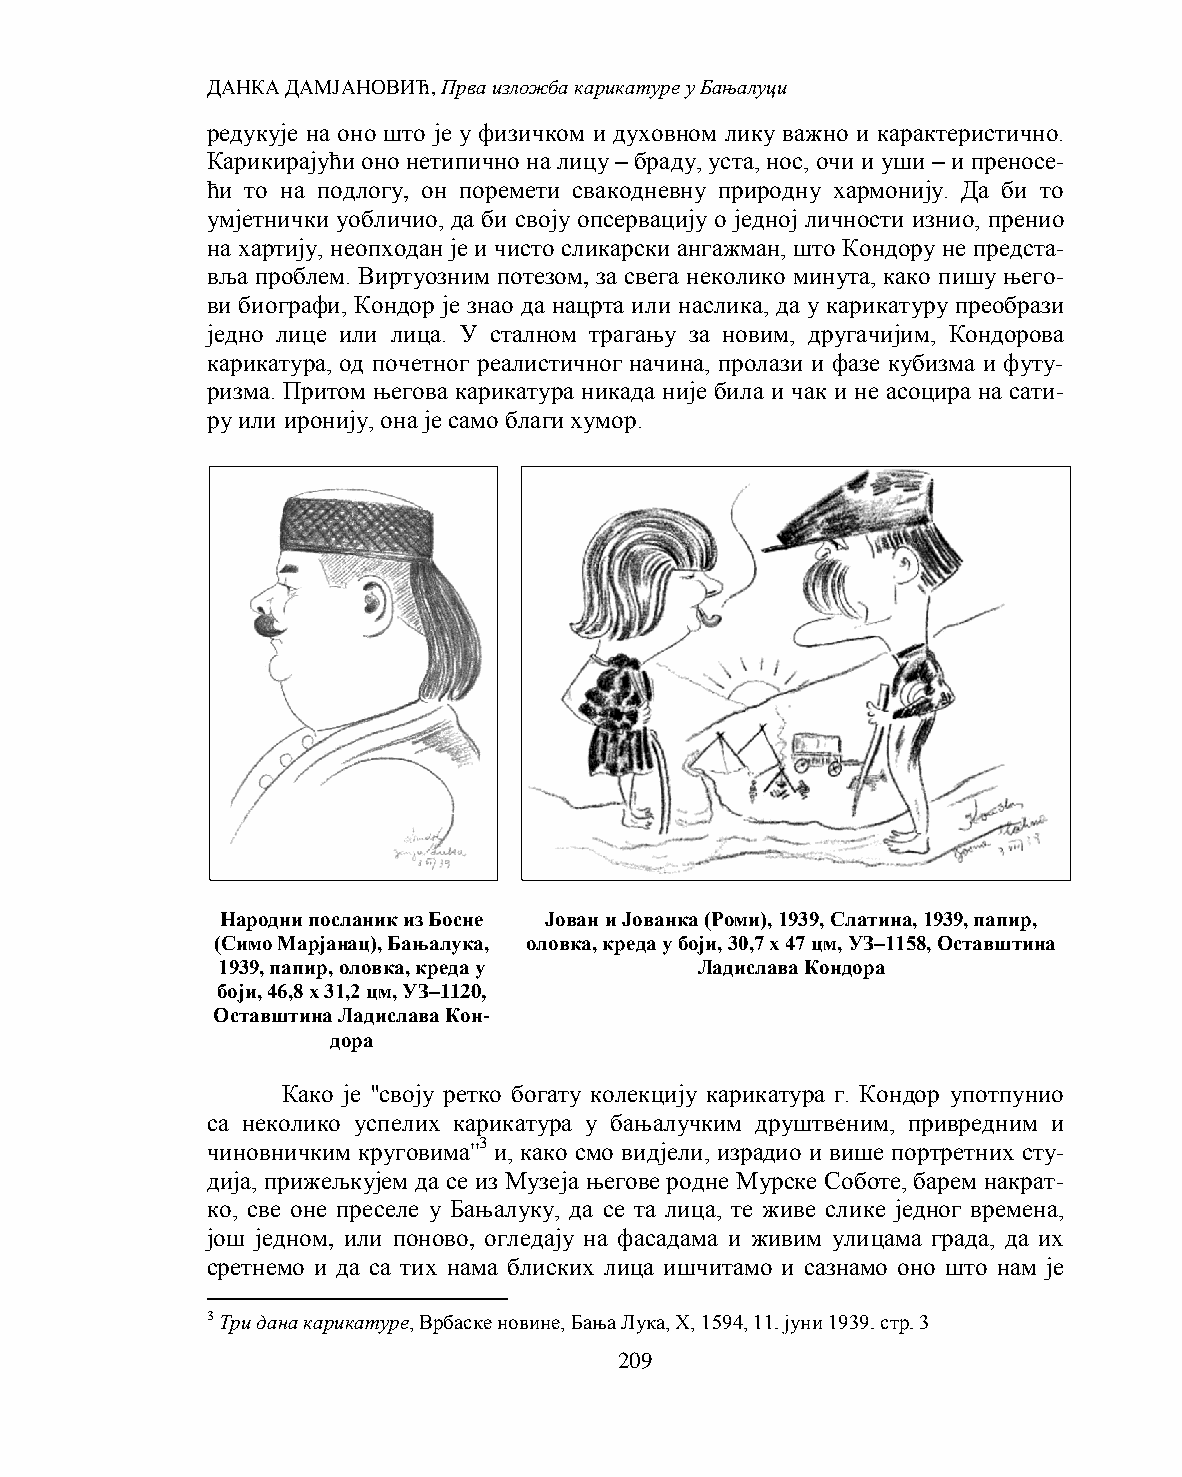
ДАНКА ДАМЈАНОВИЋ, Прва изложба карикатуре у Бањалуци
 редукује на оно што је у физичком и духовном лику важно и карактеристично.
 Карикирајући оно нетипично на лицу – браду, уста, нос, очи и уши – и преносе-
 ћи то на подлогу, он поремети свакодневну природну хармонију. Да би то
 умјетнички уобличио, да би своју опсервацију о једној личности изнио, пренио
 на хартију, неопходан је и чисто сликарски ангажман, што Кондору не предста-
 вља проблем. Виртуозним потезом, за свега неколико минута, како пишу њего-
 ви биографи, Кондор је знао да нацрта или наслика, да у карикатуру преобрази
 једно лице или лица. У сталном трагању за новим, другачијим, Кондорова
 карикатура, од почетног реалистичног начина, пролази и фазе кубизма и футу-
 ризма. Притом његова карикатура никада није била и чак и не асоцира на сати-
 ру или иронију, она је само благи хумор.
 Народни посланик из Босне Јован и Јованка (Роми), 1939, Слатина, 1939, папир,
 (Симо Марјанац), Бањалука, оловка, креда у боји, 30,7 х 47 цм, УЗ–1158, Оставштина
 1939, папир, оловка, креда у    Ладислава Кондора
 боји, 46,8 х 31,2 цм, УЗ–1120,
 Оставштина Ладислава Кон-
 дора
 Како је ''своју ретко богату колекцију карикатура г. Кондор употпунио
 са неколико успелих карикатура у бањалучким друштвеним, привредним и
 чиновничким круговима''3 и, како смо видјели, израдио и више портретних сту-
 дија, прижељкујем да се из Музеја његове родне Мурске Соботе, барем накрат-
 ко, све оне преселе у Бањалуку, да се та лица, те живе слике једног времена,
 још једном, или поново, огледају на фасадама и живим улицама града, да их
 сретнемо и да са тих нама блиских лица ишчитамо и сазнамо оно што нам је
 3 Три дана карикатуре, Врбаске новине, Бања Лука, X, 1594, 11. јуни 1939. стр. 3
 209